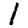
Digit: 1